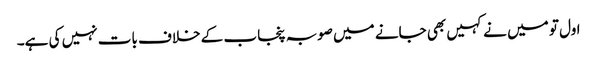
اول تو میں نے کہیں بھی جانے میں صوبہ پنجاب کے خلاف بات نہیں کی ہے۔